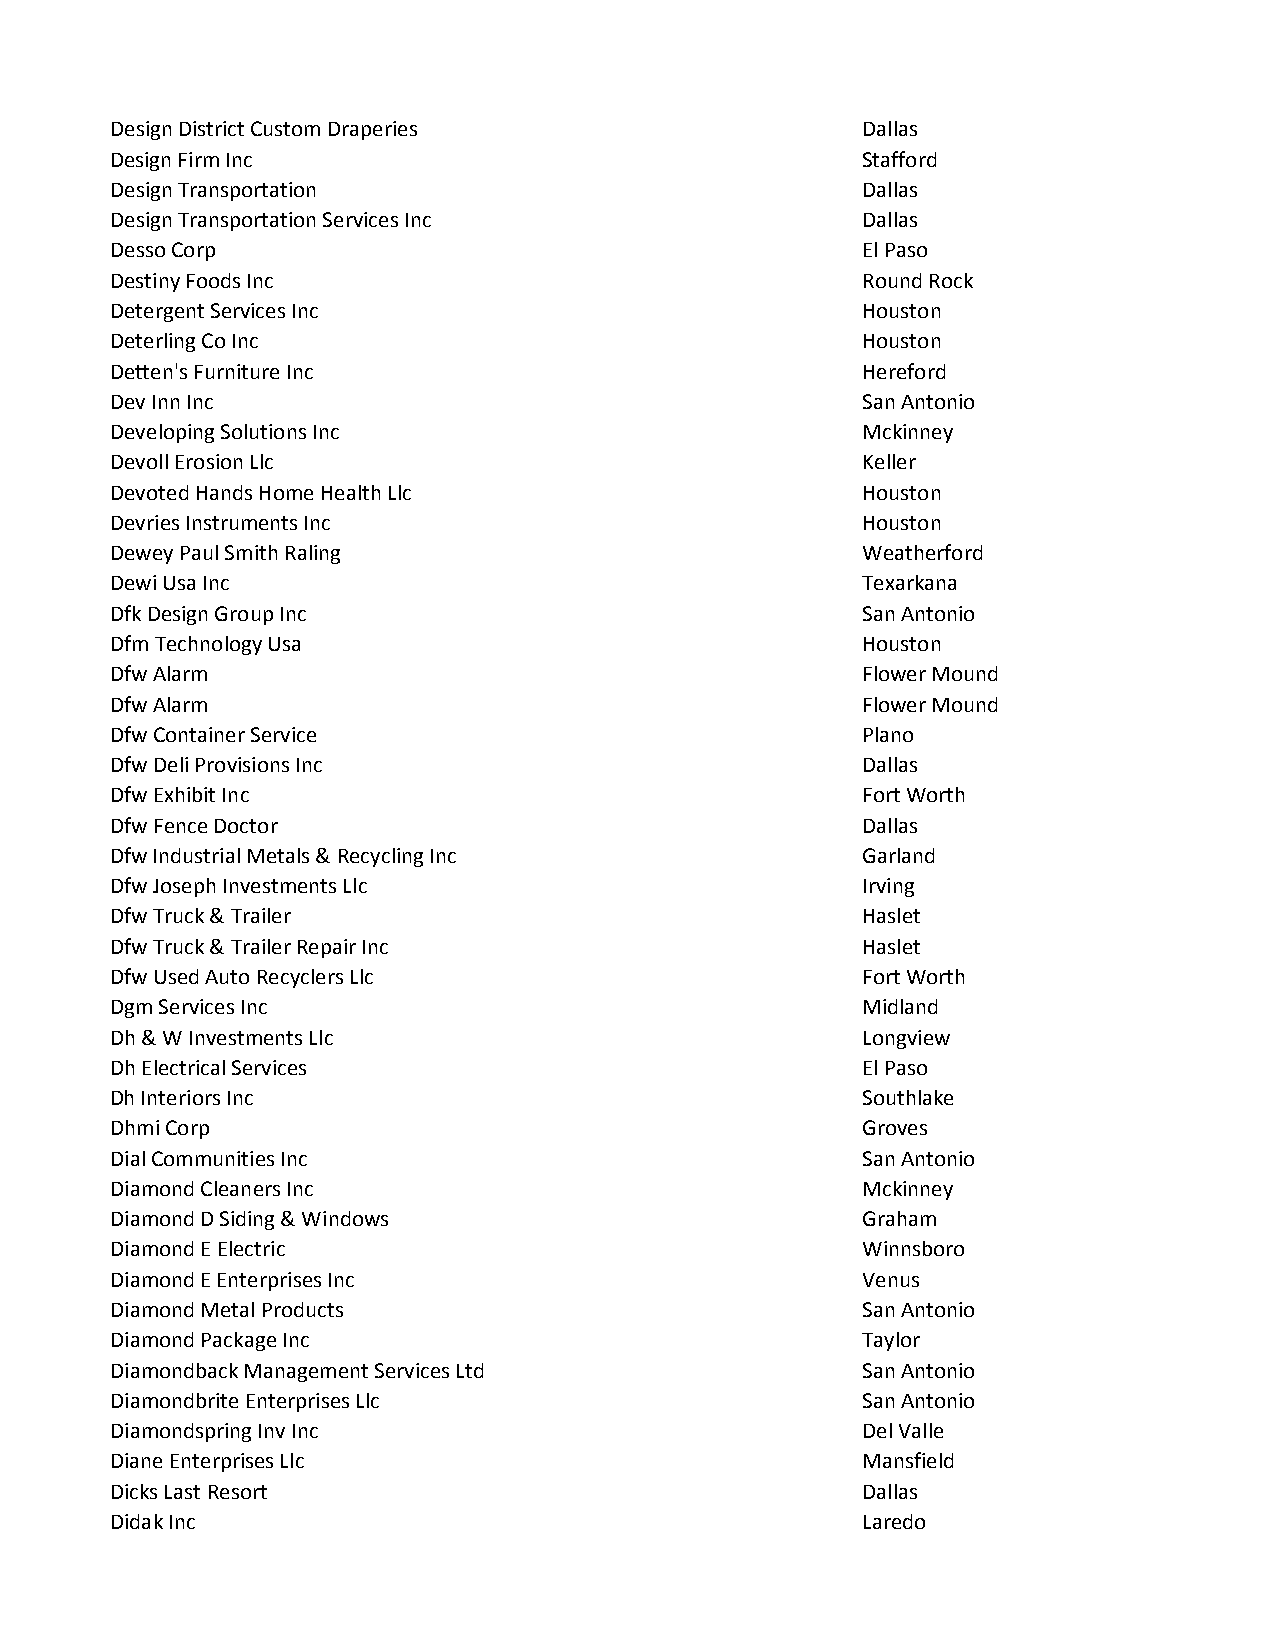
Design District Custom Draperies                  Dallas
 Design Firm Inc                                   Stafford
 Design Transportation                             Dallas
 Design Transportation Services Inc                Dallas
 Desso Corp                                        El Paso
 Destiny Foods Inc                                 Round Rock
 Detergent Services Inc                            Houston
 Deterling Co Inc                                  Houston
 Detten's Furniture Inc                            Hereford
 Dev Inn Inc                                       San Antonio
 Developing Solutions Inc                          Mckinney
 Devoll Erosion Llc                                Keller
 Devoted Hands Home Health Llc                     Houston
 Devries Instruments Inc                           Houston
 Dewey Paul Smith Raling                           Weatherford
 Dewi Usa Inc                                      Texarkana
 Dfk Design Group Inc                              San Antonio
 Dfm Technology Usa                                Houston
 Dfw Alarm                                         Flower Mound
 Dfw Alarm                                         Flower Mound
 Dfw Container Service                             Plano
 Dfw Deli Provisions Inc                           Dallas
 Dfw Exhibit Inc                                   Fort Worth
 Dfw Fence Doctor                                  Dallas
 Dfw Industrial Metals & Recycling Inc             Garland
 Dfw Joseph Investments Llc                        Irving
 Dfw Truck & Trailer                               Haslet
 Dfw Truck & Trailer Repair Inc                    Haslet
 Dfw Used Auto Recyclers Llc                       Fort Worth
 Dgm Services Inc                                  Midland
 Dh & W Investments Llc                            Longview
 Dh Electrical Services                            El Paso
 Dh Interiors Inc                                  Southlake
 Dhmi Corp                                         Groves
 Dial Communities Inc                              San Antonio
 Diamond Cleaners Inc                              Mckinney
 Diamond D Siding & Windows                        Graham
 Diamond E Electric                                Winnsboro
 Diamond E Enterprises Inc                         Venus
 Diamond Metal Products                            San Antonio
 Diamond Package Inc                               Taylor
 Diamondback Management Services Ltd               San Antonio
 Diamondbrite Enterprises Llc                      San Antonio
 Diamondspring Inv Inc                             Del Valle
 Diane Enterprises Llc                             Mansfield
 Dicks Last Resort                                 Dallas
 Didak Inc                                         Laredo